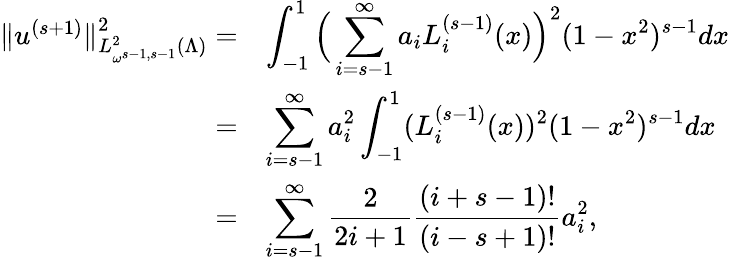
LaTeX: \begin{array}{r}{\begin{array}{rl}{\| u^{(s+1)}\| _{L_{\omega^{s-1,s-1}}^{2}(\Lambda)}^{2}=}&{\displaystyle\int_{-1}^{1}\Big(\displaystyle\sum_{i=s-1}^{\infty}a_{i}L_{i}^{(s-1)}(x)\Big)^{2}(1-x^{2})^{s-1}dx}\\ {=}&{\displaystyle\sum_{i=s-1}^{\infty}a_{i}^{2}\displaystyle\int_{-1}^{1}(L_{i}^{(s-1)}(x))^{2}(1-x^{2})^{s-1}dx}\\ {=}&{\displaystyle\sum_{i=s-1}^{\infty}\displaystyle\frac{2}{2i+1}\displaystyle\frac{(i+s-1)!}{(i-s+1)!}a_{i}^{2},}\end{array}}\end{array}